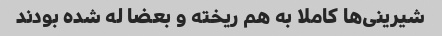
شیرینى‌ها کاملا به هم ریخته و بعضا له شده بودند